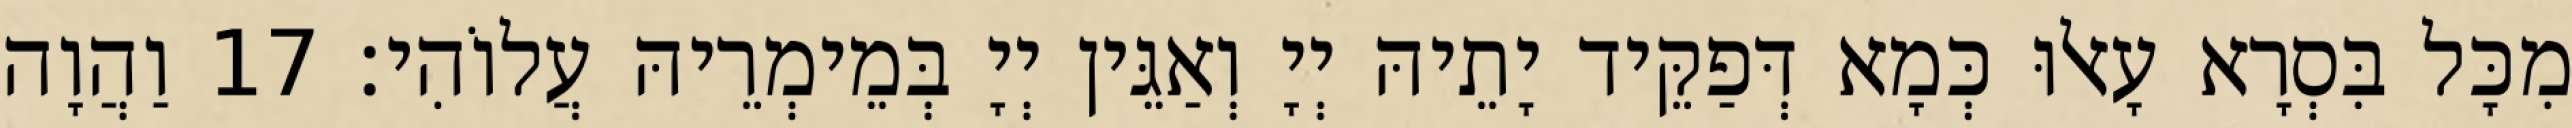
מִכָּל בִּסְרָא עָאלוּ כְּמָא דְּפַקֵּיד יָתֵיהּ יְיָ וְאַגֵּין יְיָ בְּמֵימְרֵיהּ עֲלוֹהִי׃ 17 וַהֲוָה